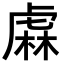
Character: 𧇃